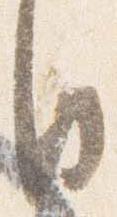
日